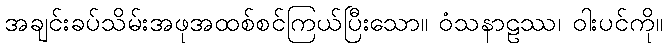
အချင်းခပ်သိမ်းအဖုအထစ်စင်ကြယ်ပြီးသော။ ဝံသနာဠဿ၊ ဝါးပင်ကို။